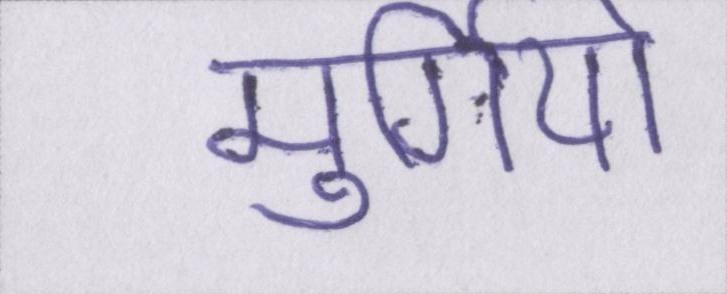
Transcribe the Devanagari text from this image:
मुर्गियों